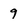
Character: 9